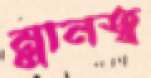
ম্লানত্ব